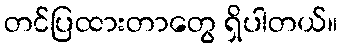
တင်ပြထားတာတွေ ရှိပါတယ်။